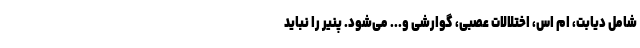
شامل دیابت، ام اس، اختلالات عصبی، گوارشی و... می‌شود. پنیر را نباید